Annual returns of the Patna Lunatic Asylum at Bankipore in Bihar and Orissa - 1912-1924
Year: 1912
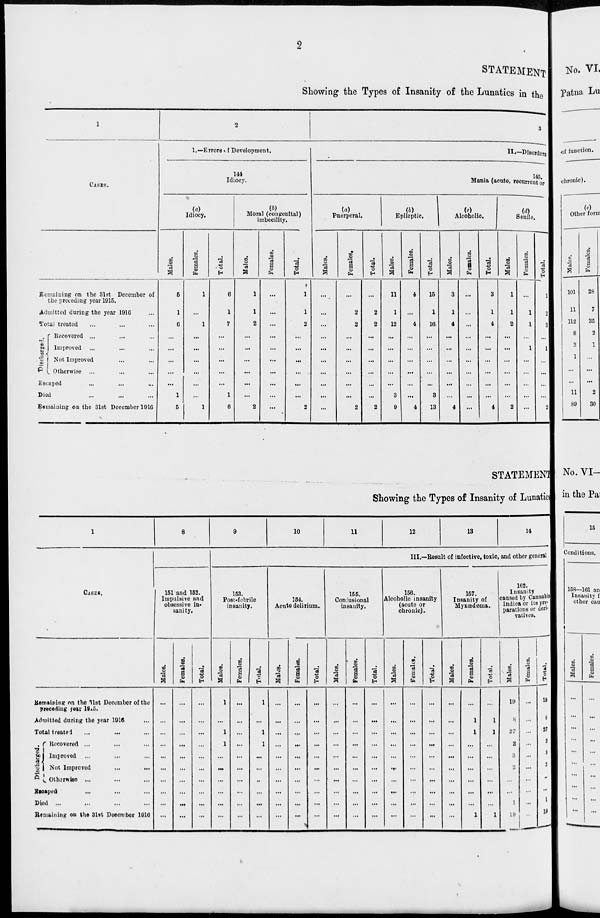
2
STATEMENT
Showing the Types of Insanity of the Lunatics in the
1
CASES.
Remaining on the 31st December of
the preceding year 1915.
Admitted during the year 1916 ...
Total treated ... ... ...
Discharged.
Recovered ... ... ...
Improved ... ... ...
Not Improved ... ...
Otherwise ... ... ...
Escaped ... ... ...
Died ... ... ...
Remaining on the 31st December 1916
2
1.—Errors of Development.
144
Idiocy.
(a)
Idiocy.
Males.
5
1
6
...
...
...
...
...
1
5
Females.
1
...
1
...
...
...
...
...
...
1
Total.
6
1
7
...
...
...
...
...
1
6
(b)
Moral (congenital)
imbecility.
Males.
1
1
2
...
...
...
...
...
...
2
Females.
...
...
...
...
...
...
...
...
...
...
Total.
1
1
2
...
...
...
...
...
...
2
3
II.—Disorders
145.
Mania (acute, recurrent or
(a)
Puerperal.
Males.
...
...
...
...
...
...
...
...
...
...
Females.
...
2
2
...
...
...
...
...
...
2
Total.
...
2
2
...
...
...
...
...
...
2
(b)
Epileptic.
Males.
11
1
12
...
...
...
...
...
3
9
Females.
4
...
4
...
...
...
...
...
...
4
Total.
15
1
16
...
...
...
...
...
3
13
(c)
Alcoholic.
Males.
3
1
4
...
...
...
...
...
...
4
Females.
...
...
...
...
...
...
...
...
...
...
Total.
3
1
4
...
...
...
...
...
...
4
(d)
Senile.
Males.
1
1
2
...
...
...
...
...
...
2
Females.
...
1
1
...
1
...
...
...
...
...
Total.
1
2
3
...
1
...
...
...
...
2
STATEMENT
Showing the Types of Insanity of Lunatics
1
CASES.
Remaining on the 31st December of the
preceding year 1915.
Admitted during the year 1916 ...
Total treated ... ... ...
Discharged.
Recovered ... ... ...
Improved ... ... ...
Not Improved ... ...
Otherwise ... ... ...
Escaped ... ... ...
Died ... ... ... ...
Remaining on the 31st December 1916
8
9
10
11
12
13
14
III.—Result of infective, toxic, and other general
151 and 152.
Impulsive and
obsessive in-
sanity.
Males.
...
...
...
...
...
...
...
...
...
...
Females.
...
...
...
...
...
...
...
...
...
...
Total.
...
...
...
...
...
...
...
...
...
...
153.
Post-febrile
insanity.
Males.
1
...
1
1
...
...
...
...
...
...
Females.
...
...
...
...
...
...
...
...
...
...
Total.
1
...
1
1
...
...
...
...
...
...
154.
Acute delirium.
Males.
...
...
...
...
...
...
...
...
...
...
Females.
...
...
...
...
...
...
...
...
...
...
Total.
...
...
...
...
...
...
...
...
...
...
155.
Confusional
insanity.
Males.
...
...
...
...
...
...
...
...
...
...
Females.
...
...
...
...
...
...
...
...
...
...
Total.
...
...
...
...
...
...
...
...
...
...
156.
Alcoholic insanity
(acute or
chronic).
Males.
...
...
...
...
...
...
...
...
...
...
Females.
...
...
...
...
...
...
...
...
...
...
Total.
...
...
...
...
...
...
...
...
...
...
157.
Insanity of
Myxœdema.
Males.
...
...
...
...
...
...
...
...
...
...
Females.
...
1
1
...
...
...
...
...
...
1
Total.
...
1
1
...
...
...
...
...
...
1
162.
Insanity
caused by Cannabis
Indica or its pre-
parations or deri-
vatives.
Males.
19
8
27
2
3
2
...
...
1
19
Females.
...
...
...
...
...
...
...
...
...
...
Total.
19
8
27
2
3
2
...
...
1
19